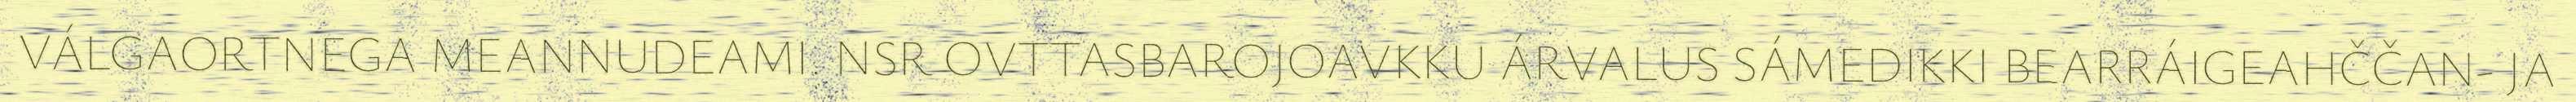
VÁLGAORTNEGA MEANNUDEAMI. NSR OVTTASBAROJOAVKKU ÁRVALUS SÁMEDIKKI BEARRÁIGEAHČČAN- JA